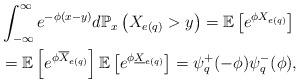
LaTeX: \begin{align*}&\int_{-\infty}^{\infty}e^{-\phi(x-y)}d \mathbb P_x\left(X_{e(q)}> y\right)=\mathbb E\left[e^{\phi X_{e(q)}}\right]\\&=\mathbb E\left[e^{\phi \overline{X}_{e(q)}}\right]\mathbb E\left[e^{\phi \underline{X}_{e(q)}}\right]=\psi_q^+(-\phi)\psi_q^-(\phi),\end{align*}